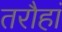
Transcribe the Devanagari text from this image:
तरौहां